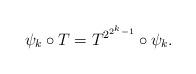
LaTeX: \begin{align*}\psi_k \circ T = T^{2^{2^k-1}}\circ \psi_k.\end{align*}